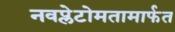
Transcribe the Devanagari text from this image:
नवप्लेटोमतामार्फत